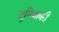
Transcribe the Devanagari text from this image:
दुनियाकी